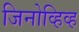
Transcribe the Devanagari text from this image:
जिनोव्हिव्ह